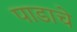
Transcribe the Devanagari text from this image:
पाडाचे